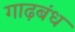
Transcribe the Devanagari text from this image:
गाढ़बंध